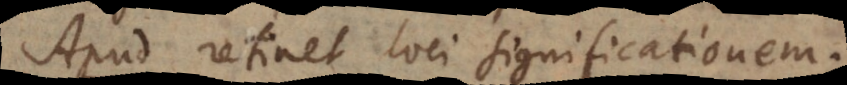
Apud retinet loci significationem.